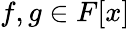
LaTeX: f,g\in F[x]